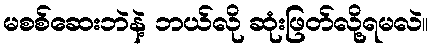
မစစ်ဆေးဘဲနဲ့ ဘယ်လို ဆုံးဖြတ်လို့ရမလဲ။